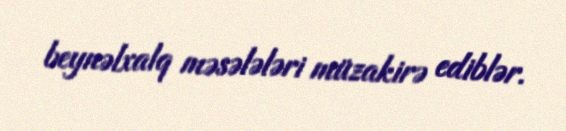
beynəlxalq məsələləri müzakirə ediblər.